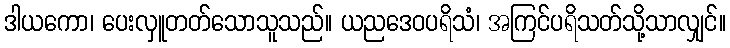
ဒါယကော၊ ပေးလှူတတ်သောသူသည်။ ယညဒေဝပရိသံ၊ အကြင်ပရိသတ်သို့သာလျှင်။